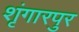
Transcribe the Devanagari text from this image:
शृंगारपुर